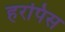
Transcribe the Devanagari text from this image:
हरपिस